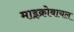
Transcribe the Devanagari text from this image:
माइक्रोबायल